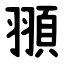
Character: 頨